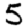
Digit: 5